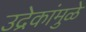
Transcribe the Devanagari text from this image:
उद्रेकांमुळे